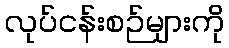
လုပ်ငန်းစဉ်များကို